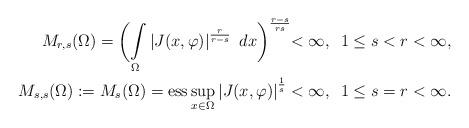
LaTeX: \begin{align*}M_{r,s}(\Omega)=\biggl(\int\limits _{\Omega}\left|J(x,\varphi)\right|^{\frac{r}{r-s}}~dx\biggl)^{\frac{r-s}{rs}}<\infty, \,\,\,1\leq s<r<\infty,\\M_{s,s}(\Omega):=M_s(\Omega)=\operatorname{ess}\sup\limits_{x\in\Omega}\left|J(x,\varphi)\right|^{\frac{1}{s}}<\infty, \,\,\,1\leq s=r<\infty.\end{align*}